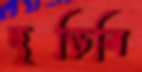
ছুড়িবি